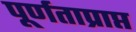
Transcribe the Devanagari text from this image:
पूर्णताप्राप्त